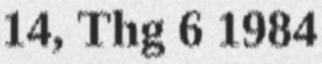
14, Thg 6 1984